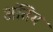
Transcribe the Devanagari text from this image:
अंतिम